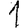
Digit: 1